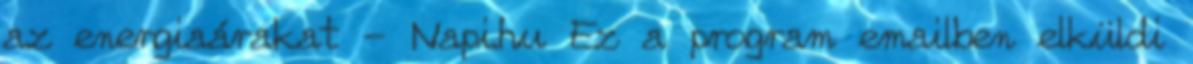
az energiaárakat - Napi.hu Ez a program emailben elküldi